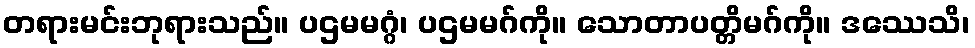
တရားမင်းဘုရားသည်။ ပဌမမဂ္ဂံ၊ ပဌမမဂ်ကို။ သောတာပတ္တိမဂ်ကို။ ဒဿေသိ၊